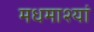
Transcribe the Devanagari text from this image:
मधमाश्यां